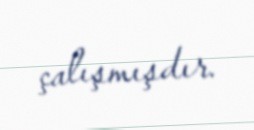
çalışmışdır.